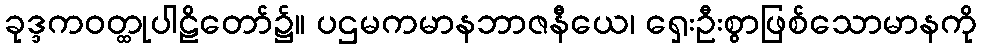
ခုဒ္ဒကဝတ္ထုပါဠိတော်၌။ ပဌမကမာနဘာဇနီယေ၊ ရှေးဦးစွာဖြစ်သောမာနကို